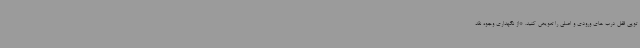
توپی قفل درب های ورودی و اصلی را تعویض کنید. *از نگهداری وجوه نقد